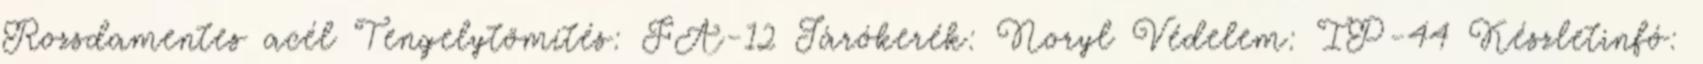
Rozsdamentes acél Tengelytömítés: FA-12 Járókerék: Noryl Védelem: IP-44 Készletinfó: